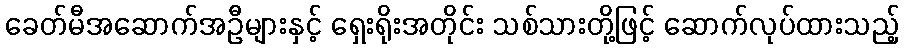
ခေတ်မီအဆောက်အဦများနှင့် ရှေးရိုးအတိုင်း သစ်သားတို့ဖြင့် ဆောက်လုပ်ထားသည့်